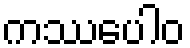
ကဿပေါဝ